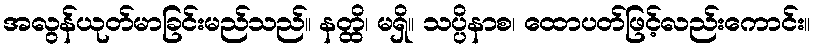
အလွန်ယုတ်မာခြင်းမည်သည်။ နတ္ထိ၊ မရှိ။ သပ္ပိနာစ၊ ထောပတ်ဖြင့်လည်းကောင်း။